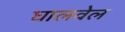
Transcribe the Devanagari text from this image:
घालवेल